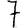
Digit: 7